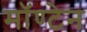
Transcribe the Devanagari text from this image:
मॉण्टेन